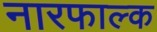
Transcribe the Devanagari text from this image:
नारफाल्क